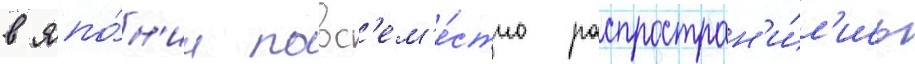
в япо́н'ии повс'ем'е́стно распростран'и́л'ись